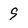
Character: 9